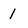
Character: 1